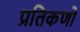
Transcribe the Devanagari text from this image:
प्रतिकणो